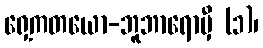
ရှေ့ကတယော-ဘူဘာရောမှီ (၁)၊